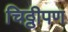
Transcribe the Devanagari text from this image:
चिठ्ठीपण